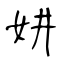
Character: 妌